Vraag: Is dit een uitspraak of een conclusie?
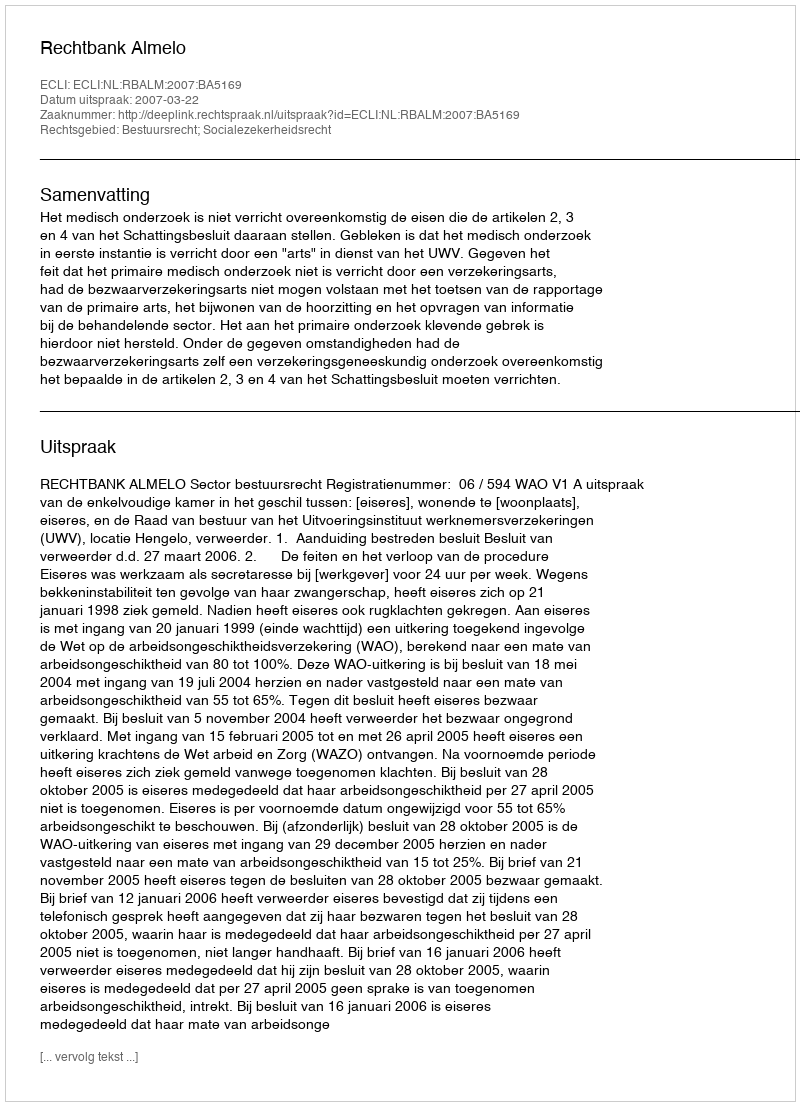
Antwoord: Uitspraak